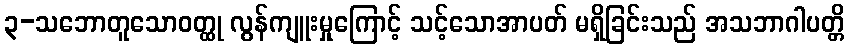
၃-သဘောတူသောဝတ္ထု လွန်ကျူးမှုကြောင့် သင့်သောအာပတ် မရှိခြင်းသည် အသဘာဂါပတ္တိ